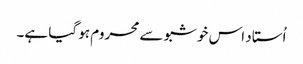
اُستاد اس خوشبو سے محروم ہو گیا ہے۔